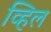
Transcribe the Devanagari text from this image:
व्हिल